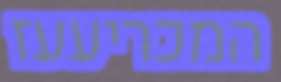
המכריעעז